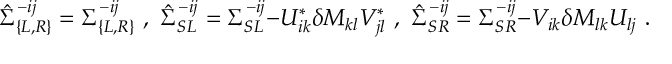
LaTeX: \hat { \Sigma } _ { \{ L , R \} } ^ { - i j } = \Sigma _ { \{ L , R \} } ^ { - i j } \, \, , \, \, \hat { \Sigma } _ { S L } ^ { - i j } = \Sigma _ { S L } ^ { - i j } { - U _ { i k } ^ { * } \delta { \cal M } _ { k l } V _ { j l } ^ { * } } \, \, , \, \, \hat { \Sigma } _ { S R } ^ { - i j } = \Sigma _ { S R } ^ { - i j } { - V _ { i k } \delta { \cal M } _ { l k } U _ { l j } } \, \, .